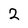
Character: 2